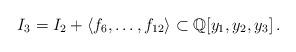
LaTeX: \begin{align*} I_3=I_2+\langle f_6,\dots,f_{12}\rangle\subset \mathbb{Q}[y_1,y_2,y_3]\,.\end{align*}